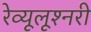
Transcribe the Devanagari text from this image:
रेव्यूलूश्नरी